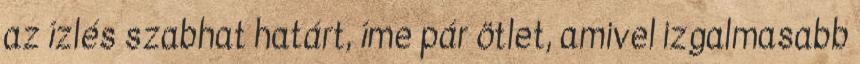
az ízlés szabhat határt, íme pár ötlet, amivel izgalmasabb